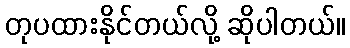
တုပထားနိုင်တယ်လို့ ဆိုပါတယ်။